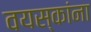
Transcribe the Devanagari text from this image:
वयस्कांना